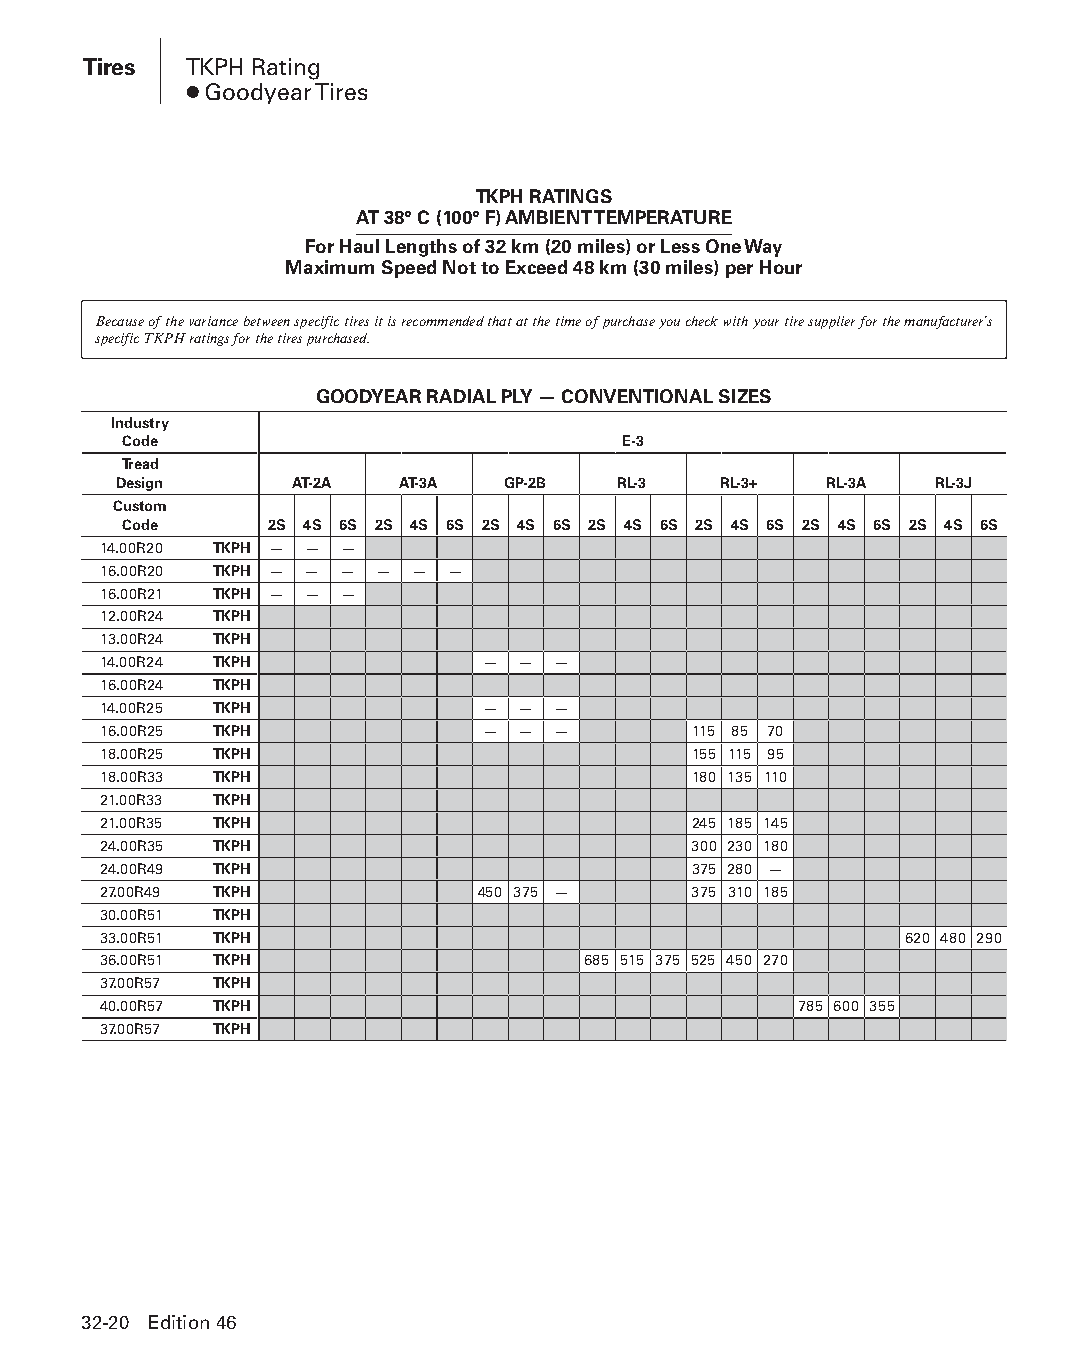
Tires  TKPH Rating
 ● Goodyear Tires
 TKPH RATINGS
 AT 38° C (100° F) AMBIENT TEMPERATURE
 For Haul Lengths of 32 km (20 miles) or Less One Way
 Maximum Speed Not to Exceed 48 km (30 miles) per Hour
 Because of the variance between specific tires it is recommended that at the time of purchase you check with your tire supplier for the manufacturer’s
 specific TKPH ratings for the tires purchased.
 GOODYEAR RADIAL PLY — CONVENTIONAL SIZES
 Industry
 Code                              E-3
 Tread
 Design      AT-2A  AT-3A  GP-2B  RL-3   RL-3+  RL-3A  RL-3J
 Custom
 Code      2S 4S 6S 2S 4S 6S 2S 4S 6S 2S 4S 6S 2S 4S 6S 2S 4S 6S 2S 4S 6S
 14.00R20 TKPH — — —
 16.00R20 TKPH — — — — — —
 16.00R21 TKPH — — —
 12.00R24 TKPH
 13.00R24 TKPH
 14.00R24 TKPH            —  — —
 16.00R24 TKPH
 14.00R25 TKPH            —  — —
 16.00R25 TKPH            —  — —        115 85 70
 18.00R25 TKPH                          155 115 95
 18.00R33 TKPH                          180 135 110
 21.00R33 TKPH
 21.00R35 TKPH                          245 185 145
 24.00R35 TKPH                          300 230 180
 24.00R49 TKPH                          375 280 —
 27.00R49 TKPH            450 375 —     375 310 185
 30.00R51 TKPH
 33.00R51 TKPH                                        620 480 290
 36.00R51 TKPH                   685 515 375 525 450 270
 37.00R57 TKPH
 40.00R57 TKPH                                 785 600 355
 37.00R57 TKPH
 32-20 Edition 46
 PPHHBB--SSeecc3322--1166..iinndddd 2200                        1122//44//1155 1111::2244 AAMM